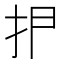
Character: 𰓋